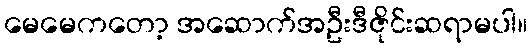
မေမေကတော့ အဆောက်အဦးဒီဇိုင်းဆရာမပါ။